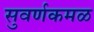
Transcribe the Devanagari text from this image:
सुवर्णकमळ